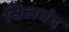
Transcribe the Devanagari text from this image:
सिलबंद